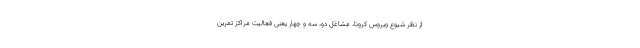
از نظر شیوع ویروس کرونا، مشاغل دو، سه و چهار یعنی فعالیت مراکز تمرین